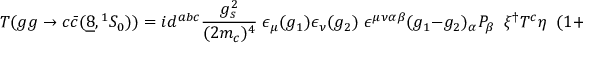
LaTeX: { \cal T } ( g g \to c \bar { c } ( \underline { { { 8 } } } , { } ^ { 1 } S _ { 0 } ) ) = i d ^ { a b c } { \frac { g _ { s } ^ { 2 } } { ( 2 m _ { c } ) ^ { 4 } } } \; \epsilon _ { \mu } ( g _ { 1 } ) \epsilon _ { \nu } ( g _ { 2 } ) \; \epsilon ^ { \mu \nu \alpha \beta } ( g _ { 1 } - g _ { 2 } ) _ { \alpha } P _ { \beta } \; \; \xi ^ { \dagger } T ^ { c } \eta \; \; ( 1 + \cdots ) \; .